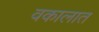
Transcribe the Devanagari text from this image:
वकालात